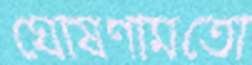
ঘোষণামতো